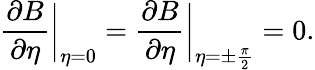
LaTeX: \frac{\partial B}{\partial\eta}\bigg|_{\eta=0}=\frac{\partial B}{\partial\eta}\bigg|_{\eta=\pm\frac{\pi}{2}}=0.